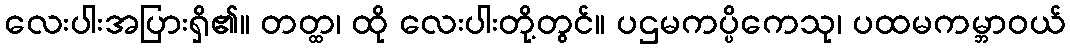
လေးပါးအပြားရှိ၏။ တတ္ထ၊ ထို လေးပါးတို့တွင်။ ပဌမကပ္ပိကေသု၊ ပထမကမ္ဘာဝယ်